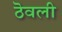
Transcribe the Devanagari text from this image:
ठॆवली